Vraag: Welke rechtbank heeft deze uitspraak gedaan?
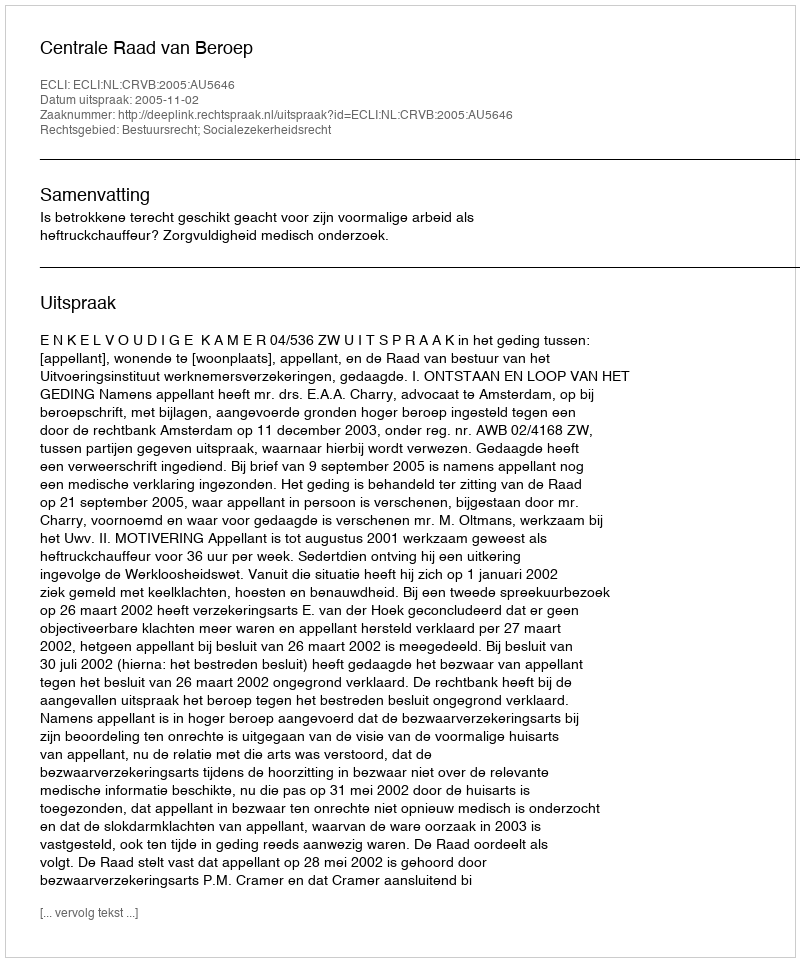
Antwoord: Centrale Raad van Beroep